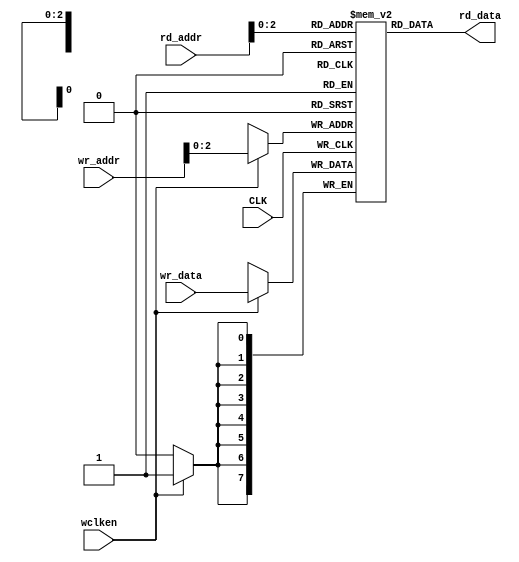
module ASYNC_FIFO_MEMORY #(
    parameter   DATA_WIDTH  = 8,
                ADDR_WIDTH  = 4,
                FIFO_DEPTH  = 8
)(
    input   wire                        CLK,
    input   wire                        wclken,
    input   wire   [ADDR_WIDTH-1:0]     wr_addr,
    input   wire   [ADDR_WIDTH-1:0]     rd_addr,
    input   wire   [DATA_WIDTH-1:0]     wr_data,
    output  reg    [DATA_WIDTH-1:0]     rd_data
);

    reg [DATA_WIDTH-1:0] memory [0:FIFO_DEPTH-1];
    always @(posedge CLK) begin
        if (wclken) begin
            memory[wr_addr] <= wr_data;
        end
    end

    always @(*) begin
        rd_data = memory[rd_addr];
    end
    
endmodule